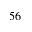
^ { 5 6 }